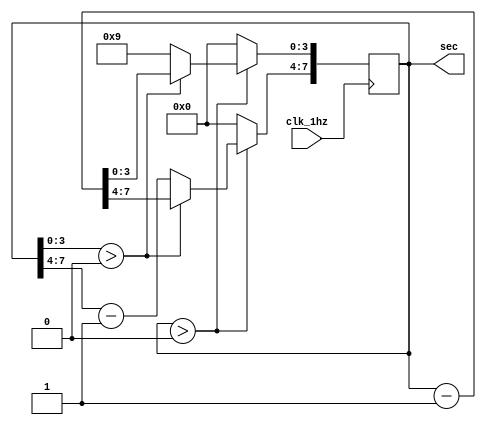
module countdown_99_sec (clk_1hz,sec);
	input clk_1hz;
	
	output[7:0] sec;
	
	reg[7:0] sec;
	
	initial 
		sec <= {4'd9,4'd9};
	
	always @(posedge clk_1hz) begin
		if (sec> 0)
			if (sec[3:0] > 0)
				sec <= sec -1;
			else begin
				sec[7:4] <= sec[7:4] -1;
				sec[3:0] <= 9;
			end
		else
			sec <= 0;
	end
endmodule